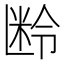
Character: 𬖜